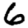
Digit: 6